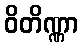
ဝိတိဏ္ဏာ